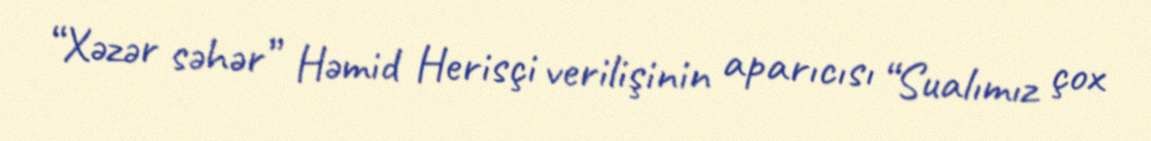
“Xəzər səhər” Həmid Herisçi verilişinin aparıcısı “Sualımız çox